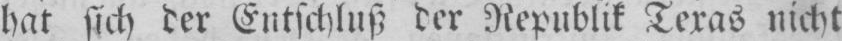
hat sich der Entschluß der Republik Texas nicht